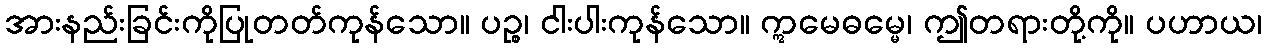
အားနည်းခြင်းကိုပြုတတ်ကုန်သော။ ပဉ္စ၊ ငါးပါးကုန်သော။ ဣမေဓမ္မေ၊ ဤတရားတို့ကို။ ပဟာယ၊